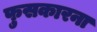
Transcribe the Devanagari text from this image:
फुसकारना